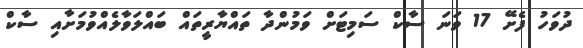
ދުވަހު ފެށޭ 17 ވަނަ ސާކް ސަމިޓަށް ވަމުންދާ ތައްޔާރީތައް ބައްލަވާލެއްވުމަށާއި ސާކް